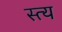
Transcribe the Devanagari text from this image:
स्त्य